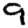
Digit: 9